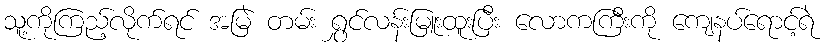
သူ့ကိုကြည့်လိုက်ရင် အမြဲ တမ်း ရွှင်လန်းမြူးထူးပြီး လောကကြီးကို ကျေနပ်ရောင့်ရဲ